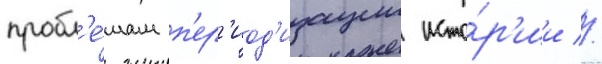
пробл'е́мам п'ер'иод'изации исто́р'ии //